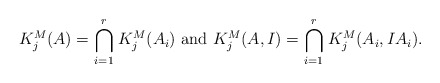
\begin{align*} K^M_j(A) = \ \stackrel{r}{\underset{i =1}\bigcap} K^M_j(A_i) \ \mbox{and} \ K^M_j(A,I) = \ \stackrel{r}{\underset{i =1}\bigcap} K^M_j(A_i, IA_i). \end{align*}